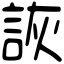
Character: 詼